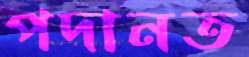
পদানত